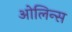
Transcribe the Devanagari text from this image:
ओलिन्स